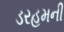
ડરહમની